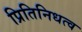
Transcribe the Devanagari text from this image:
प्रितिनिधत्व